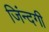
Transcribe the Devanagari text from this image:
जिंन्दगी